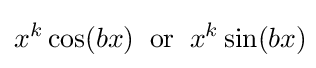
x^{k}\cos(bx)\;\;\mathrm {or} \;\;x^{k}\sin(bx)\!